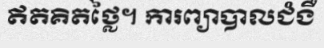
ឥតគិតថ្លៃ។ ការព្យាបាលជំងឺ